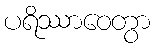
ပရိဿာဝေတွာ